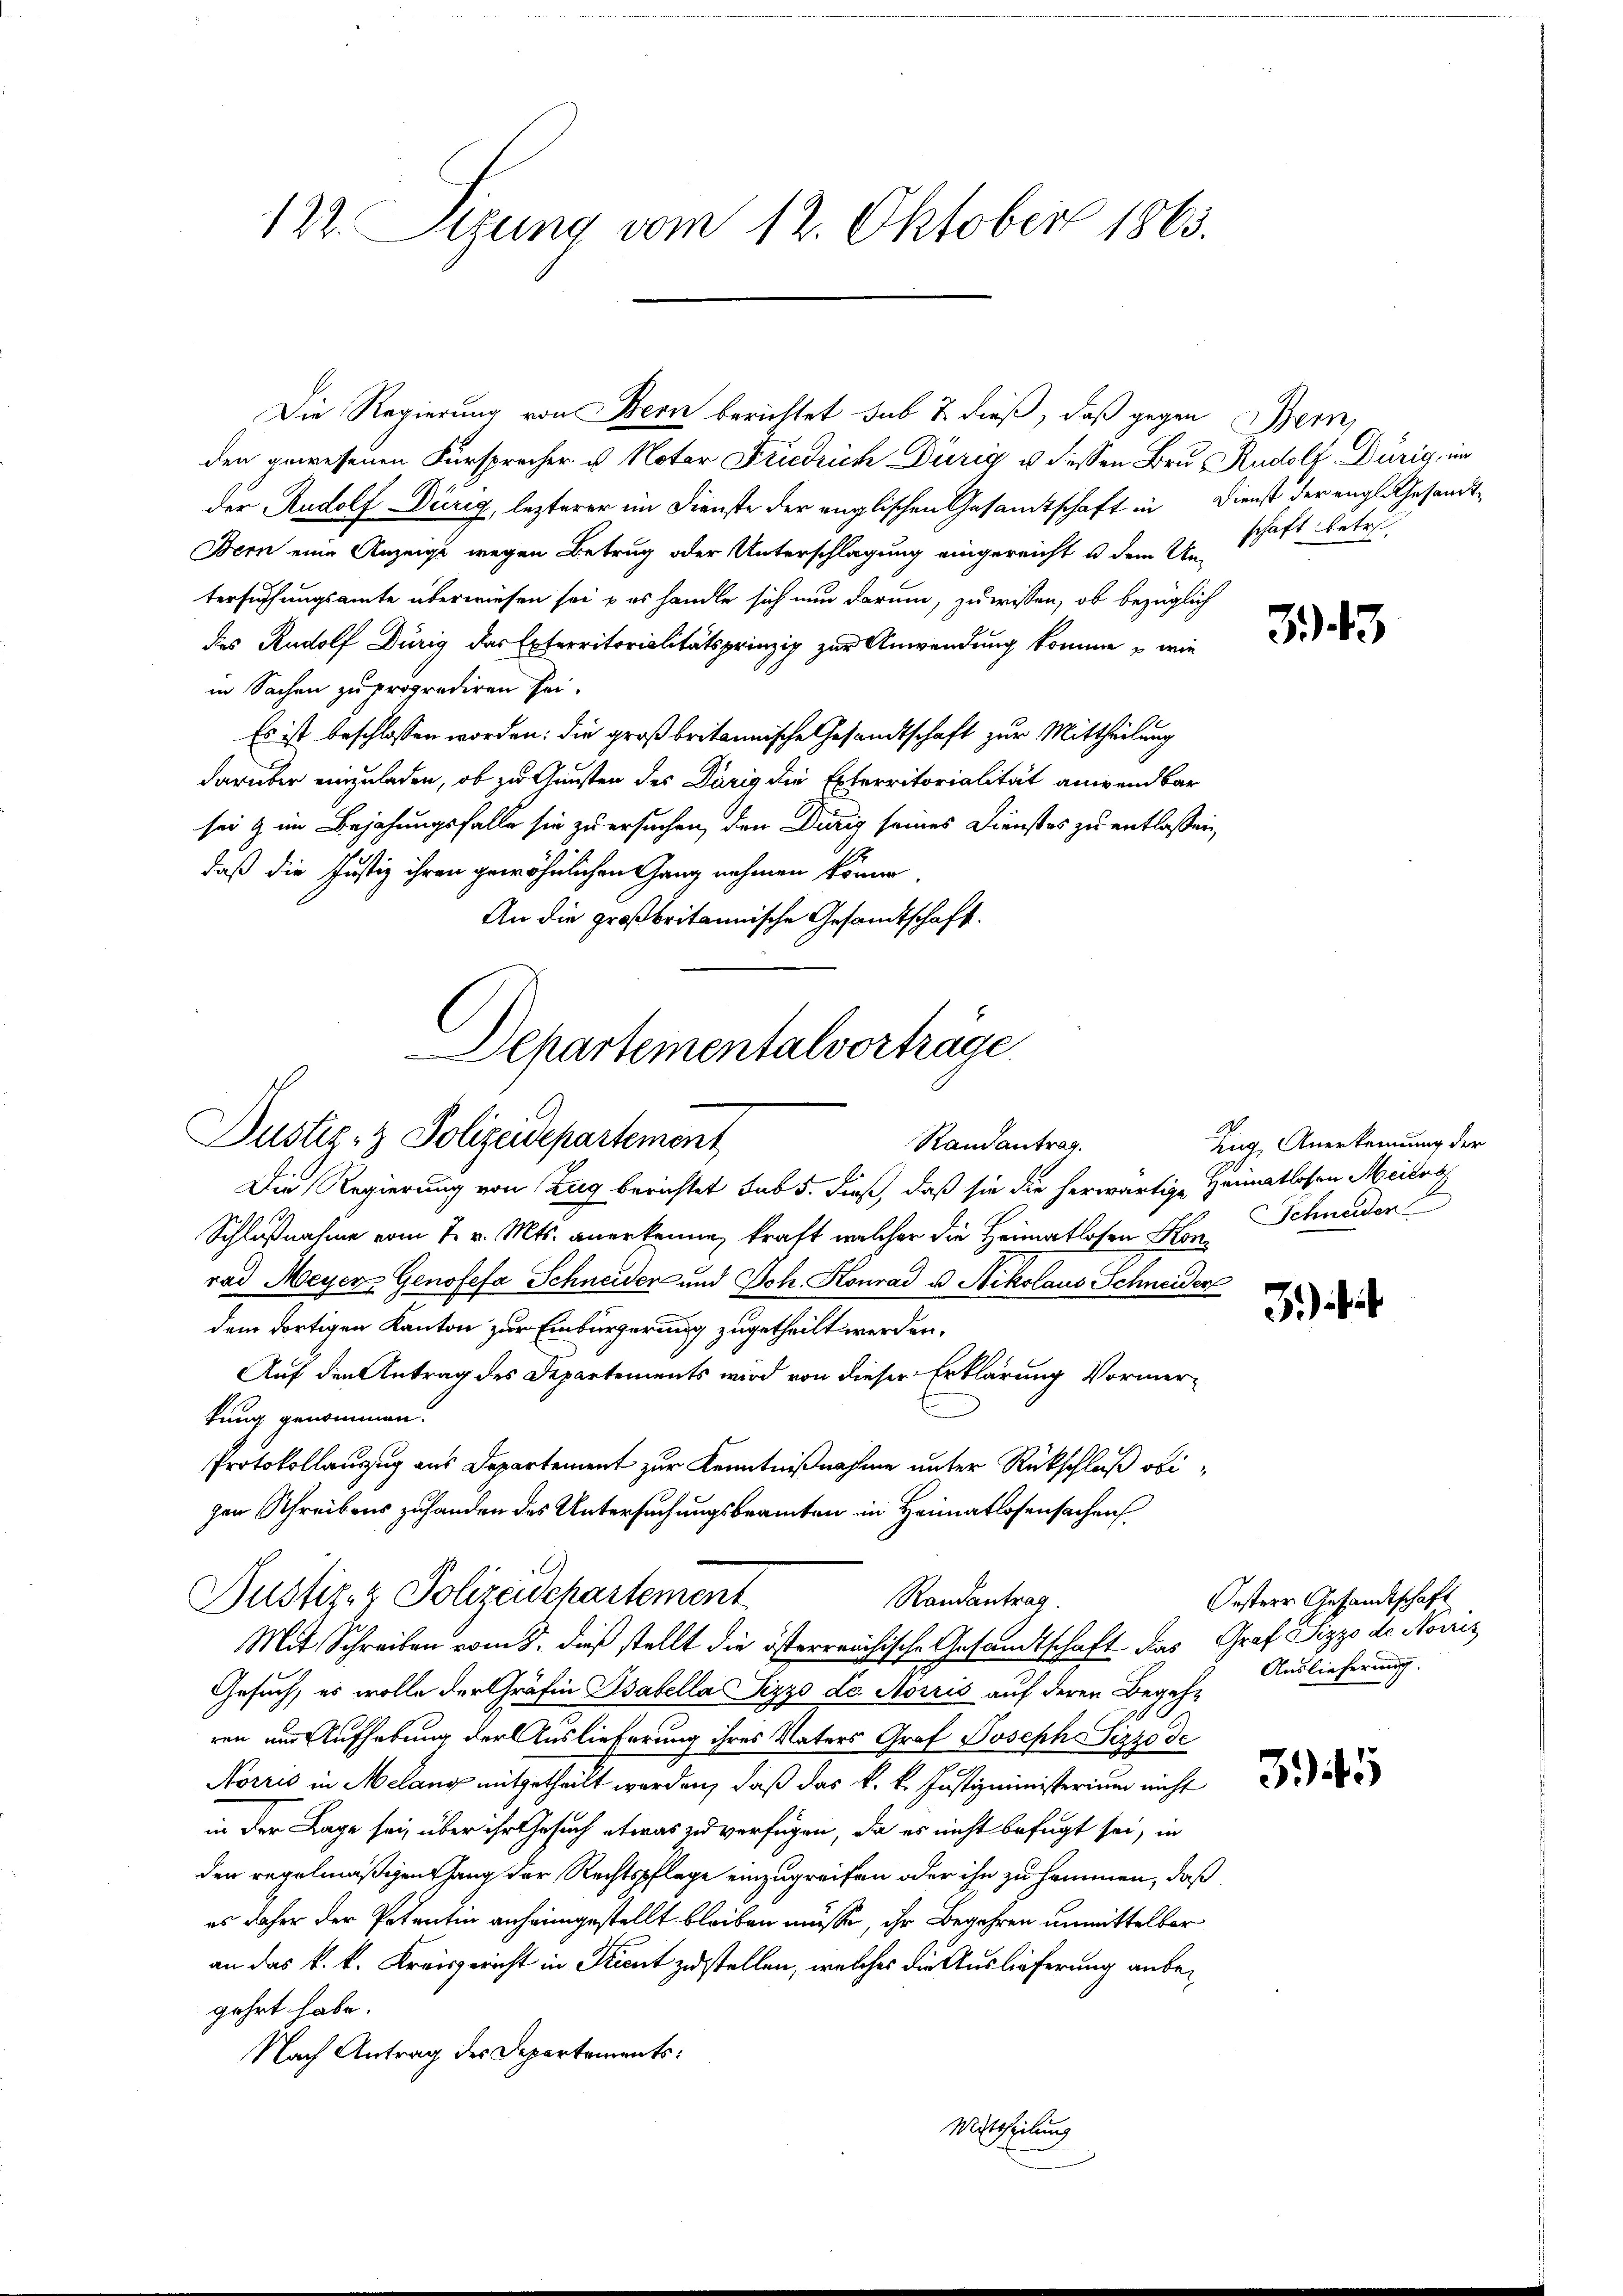
122. Sizung vom 12. Oktober 1863.

Die Regierung von Bern berichtet sub 7. dieß, daß gegen Bern,
den gewesenen Fürsprecher u. Notar Friedrich Dürig u. diessen Bru Rudolf Dürig, im
der Rudolf Dürig, lezterer im Dienste der englischen Gesandtschaft in Dienst der engl. Gesandt¬
Bern eine Anzeige wegen Betrug oder Unterschlagung eingereicht u dem K. schaft betr.
tersuchungsamte überwiesen sei, & es handle sich nun darum, zu wissen, ob bezüglich
des Rudolf Dürig das Exterritorialitätsprinzip zur Anwendung komme, – wie
in Sachen zu proprediren sei.
Es ist beschlossen worden: die großbritannische Gesandtschaft zur Mittheilung
darüber einzuladen, ob zu Gunsten des Dürig die Exterritorialität anwendbar
sei & im Bejahungsfalle sie zu ersuchen, den Dirig seines Dienstes zu entlassen,
daß die Justiz ihren gewöhnlichen Gang nehmen könne
An die großbritannische Gesandtschaft.
Departementalvorträge.
Justiz- & Polizeidepartement
Randantrag.
Die Regierung von Zug berichtet sub 5. dieß, daß sie die herwärtige Heimatlosen Meiles
Schlußnahme vom 7. v. Mts. anerkennen kraft, welcher die Heimatlosen Konrad Meyer Genofefa Schneider und Joh. Konrad u. Nikolaus Schneider
dem dortigen Kanton zur Einbürgerung zugetheilt werden.
Auf den Antrag des Departements wird von dieser Erklärung Vormerkung genommen.
Protokollanzug aus Departement zur Kenntnißnahme unter Rückschluß obigen Schreibens zuhanden das Untersuchungsbeamten in Heimatlosensachen

Pustiz- & Polizeidepartement
Randantrag.
Mit Schreiben vom 8. dieß stellt die österrrechische Gesandtschaft das Graf Pizzo de Noviz

Gesuch, es wolle der Gräfin Isabella Pizzo de. Morris auf deren Begehren um Aufhebung der Auslieferung ihres Vaters Graf Joseph Sizzo de
Norris in Melang mitgetheilt werden, daß das k. k. Justizministerium nicht
in der Lage sei, über ihr Gesuch etwas zu verfügen, da es nicht befugt sei, in
den regelmäßigenfang der Rechtspflege einzugreifen oder ihn zu hommen, daß
es daher der Petentin anheimgestellt bleiben müsse, ihr Begehren unmittelbar
an das k. k. Kreisgericht in Kient zustellen, welches die Auslieferung anbegehrt habe.
Nach Antrag des Departements:
Mittheilung

343

Zug, Anerkennung der
Schneider

3.)

Oesterr Gesandtschaft
Auslieferung.

35